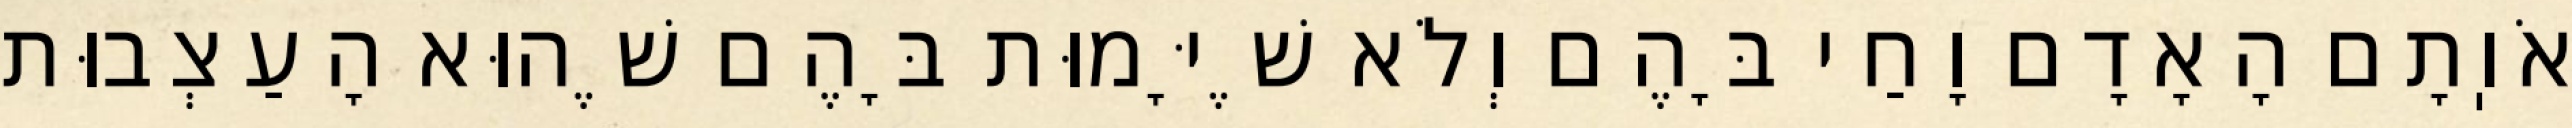
אֹוֽתָם הָאָדָם וָחַי בָּהֶם וְלֹא שֶׁיָּמוּת בָּהֶם שֶׁהוּא הָעַצְבוּת